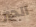
الحبر